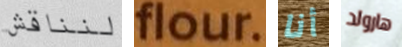
لنناقش flour. أنا هارولد